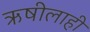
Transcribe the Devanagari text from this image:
ऋषीलाही